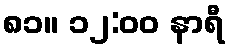
၈၁။ ၁၂:၀၀ နာရီ